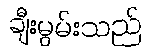
ချီးမွမ်းသည်